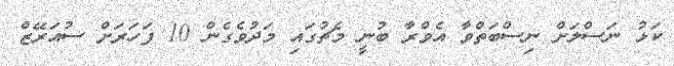
ކަޅު ނަސްލަށް ނިސްބަތްވާ އެވްރާ ބުނީ މެޗުގައި މަދުވެގެން 10 ފަހަރަށް ސުއަރޭޒް